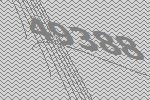
49388